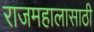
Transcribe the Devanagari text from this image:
राजमहालासाठी